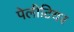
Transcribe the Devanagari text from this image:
पेलीटियर